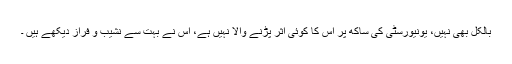
بالکل بھی نہیں، یونیورسٹی کی ساکھ پر اس کا کوئی اثر پڑنے والا نہیں ہے، اس نے بہت سے نشیب و فراز دیکھے ہیں ۔